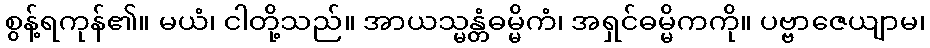
စွန့်ရကုန်၏။ မယံ၊ ငါတို့သည်။ အာယသ္မန္တံဓမ္မိကံ၊ အရှင်ဓမ္မိကကို။ ပဗ္ဗာဇေယျာမ၊